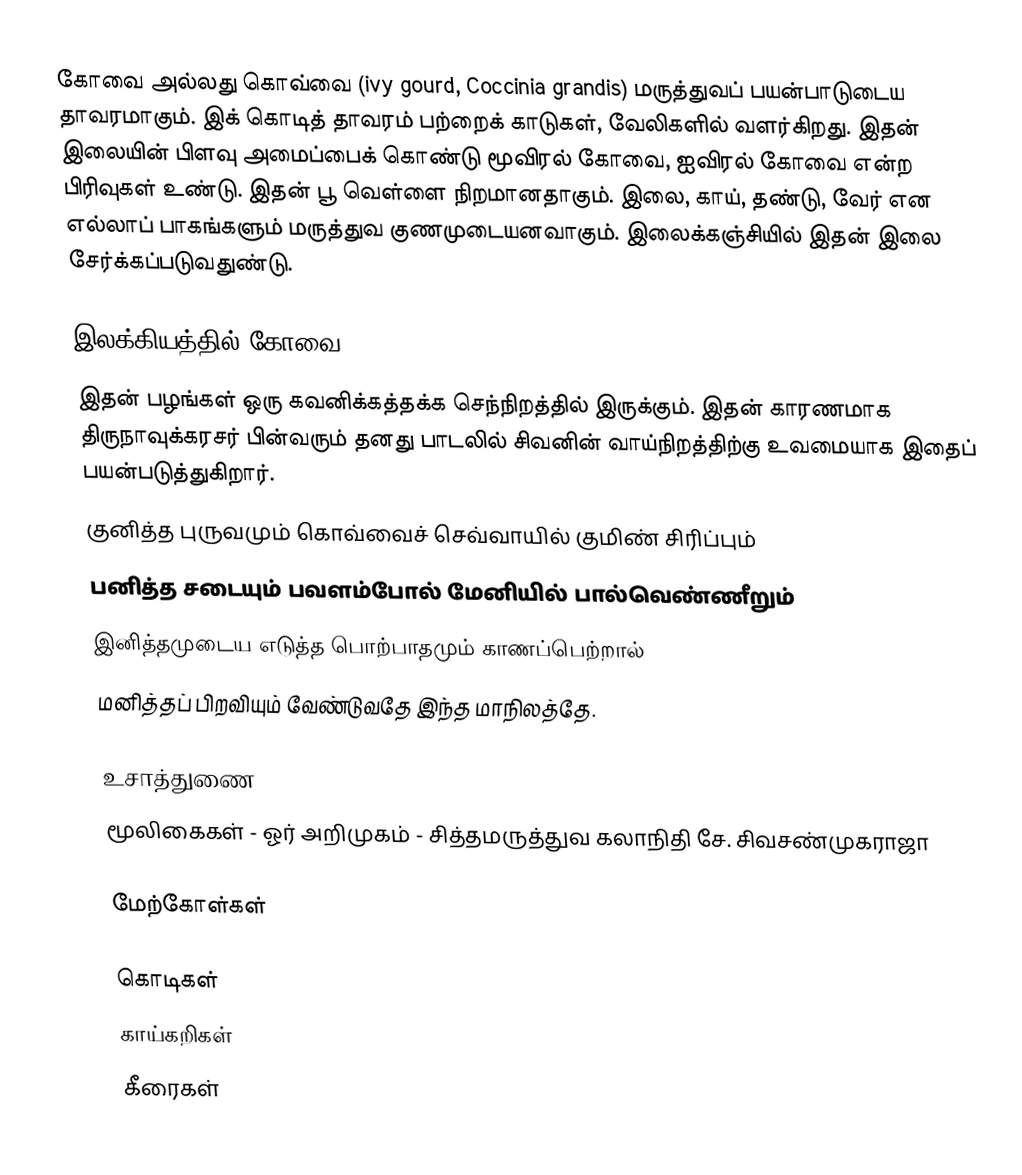
கோவை அல்லது கொவ்வை (ivy gourd, Coccinia grandis) மருத்துவப் பயன்பாடுடைய தாவரமாகும். இக் கொடித் தாவரம் பற்றைக் காடுகள், வேலிகளில் வளர்கிறது. இதன் இலையின் பிளவு அமைப்பைக் கொண்டு மூவிரல் கோவை, ஐவிரல் கோவை என்ற பிரிவுகள் உண்டு. இதன் பூ வெள்ளை நிறமானதாகும். இலை, காய், தண்டு, வேர் என எல்லாப் பாகங்களும் மருத்துவ குணமுடையனவாகும். இலைக்கஞ்சியில் இதன் இலை சேர்க்கப்படுவதுண்டு.

இலக்கியத்தில் கோவை
இதன் பழங்கள் ஒரு கவனிக்கத்தக்க செந்நிறத்தில் இருக்கும். இதன் காரணமாக திருநாவுக்கரசர் பின்வரும் தனது பாடலில் சிவனின் வாய்நிறத்திற்கு உவமையாக இதைப் பயன்படுத்துகிறார்.
 குனித்த புருவமும் கொவ்வைச் செவ்வாயில் குமிண் சிரிப்பும்
 பனித்த சடையும் பவளம்போல் மேனியில் பால்வெண்ணீறும்
 இனித்தமுடைய எடுத்த பொற்பாதமும் காணப்பெற்றால்
 மனித்தப் பிறவியும் வேண்டுவதே இந்த மாநிலத்தே.

உசாத்துணை
 மூலிகைகள் - ஓர் அறிமுகம் - சித்தமருத்துவ கலாநிதி சே. சிவசண்முகராஜா

மேற்கோள்கள்

கொடிகள்
காய்கறிகள்
கீரைகள்